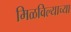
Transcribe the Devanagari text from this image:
मिळविल्याच्या